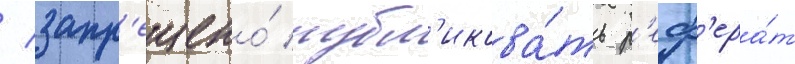
/ запр'ещено́ публ'икова́ть р'еф'ера́т